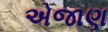
એજાણ